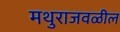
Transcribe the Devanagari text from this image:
मथुराजवळील